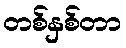
တစ်နှစ်တာ